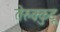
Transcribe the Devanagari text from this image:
तेरुक्कुटू